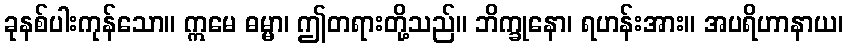
ခုနစ်ပါးကုန်သော။ ဣမေ ဓမ္မာ၊ ဤတရားတို့သည်။ ဘိက္ခုနော၊ ရဟန်းအား။ အပရိဟာနာယ၊